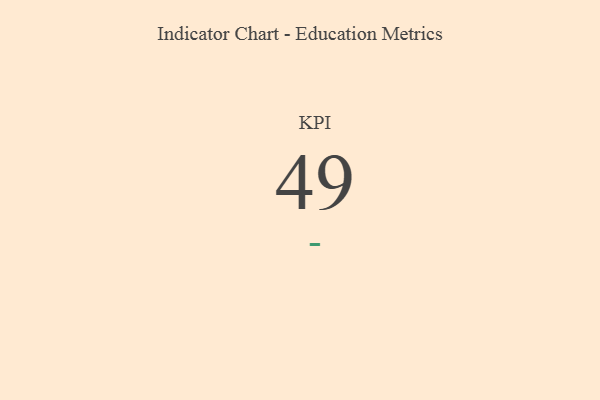
{"axis": {"x": "KPI", "y": "Value"}, "legend": [""], "data": [{"x": "KPI", "y": 49, "type": ""}]}